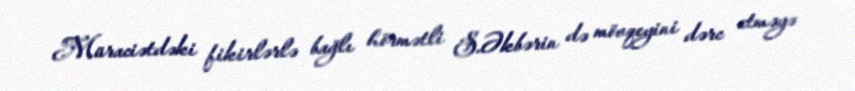
Müraciətdəki fikirlərlə bağlı hörmətli S.Əkbərin də mövqeyini dərc etməyə